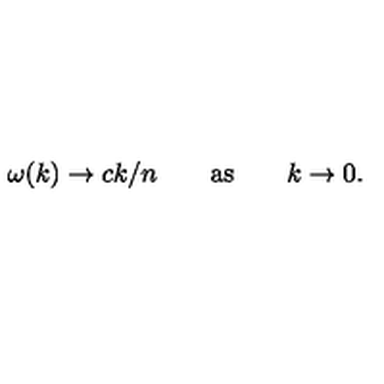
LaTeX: \omega ( k ) \to c k / n \qquad \mathrm { a s } \qquad k \to 0 .